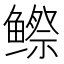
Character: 𬶭